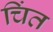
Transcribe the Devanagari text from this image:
चिंत